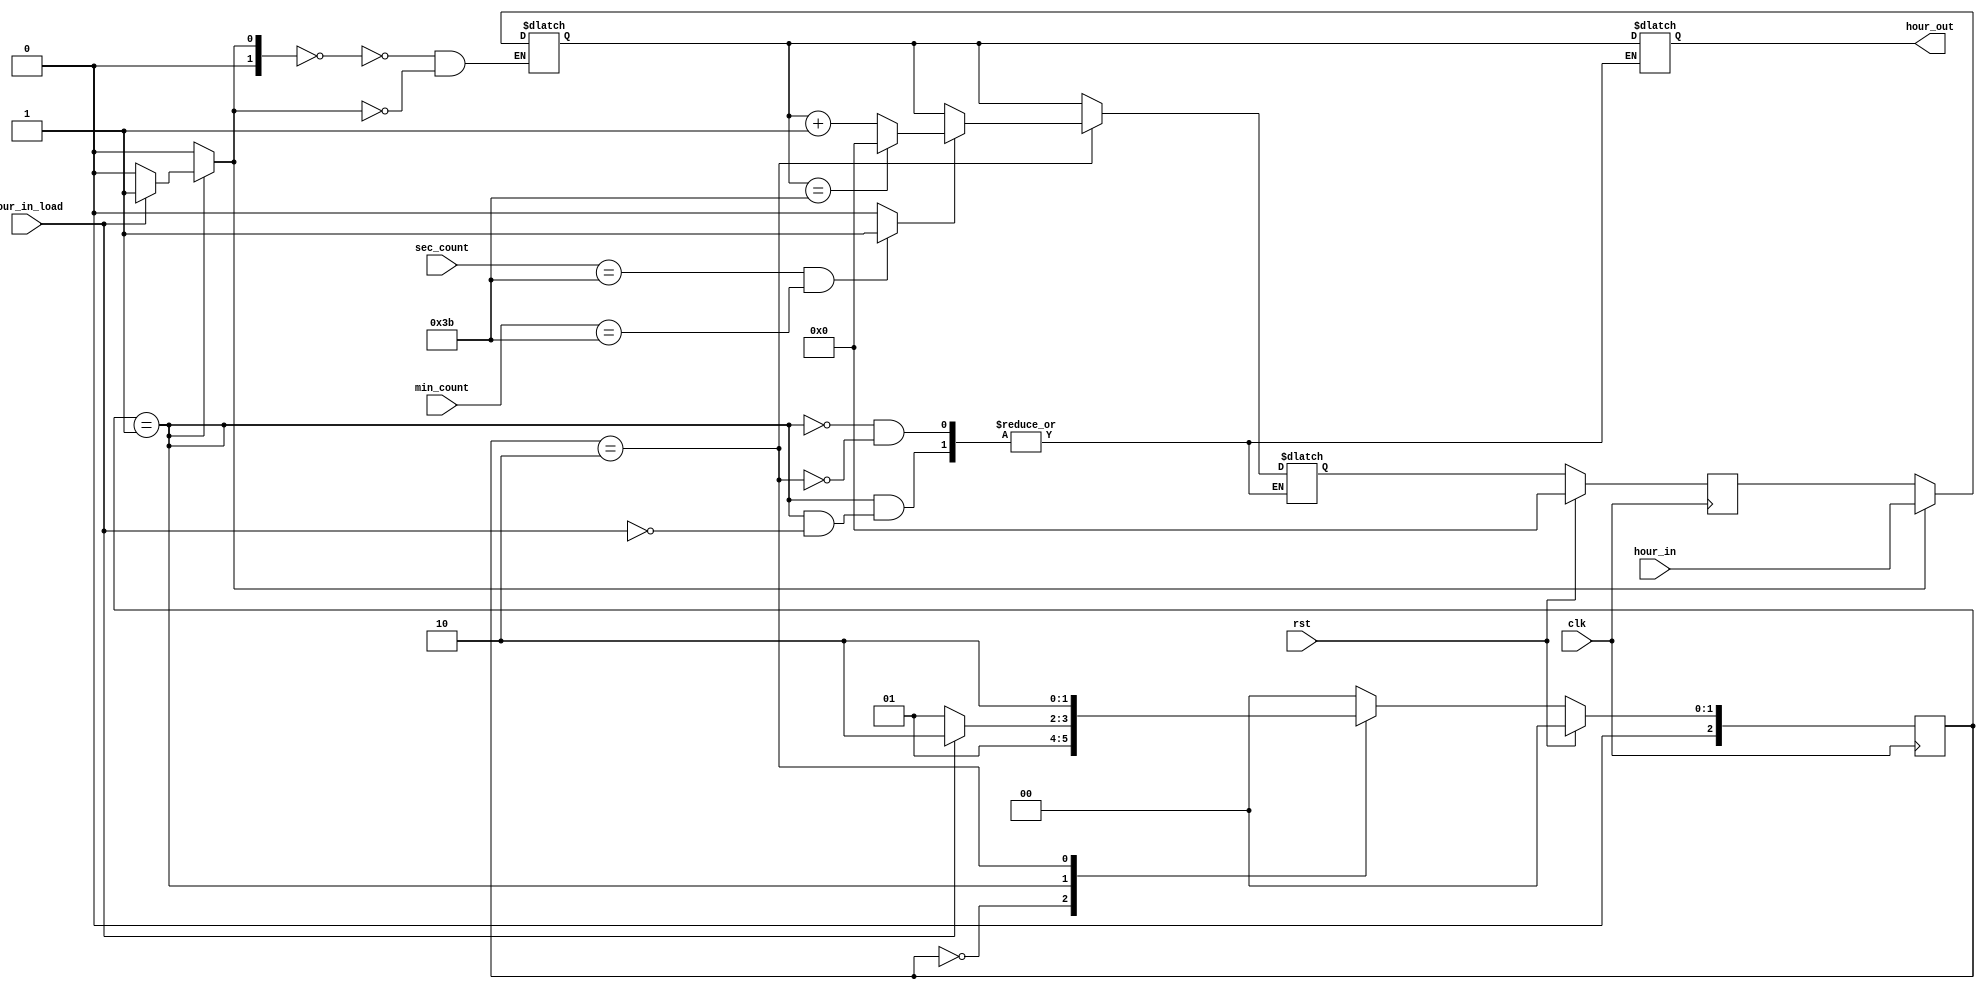
module FSM_hour(
	input wire rst,
	input wire clk,
	input wire [5:0] hour_in,
	input wire hour_in_load,
	input wire [5:0] min_count,
	input wire [5:0] sec_count,
	output reg [5:0] hour_out);
	
	reg  [2:0] ps, ns;
	wire [5:0] hour_data_add;
	reg  [5:0] hour_data;
	reg  [5:0] hour_ps, hour_ns;
	reg  [1:0] hour_sel;
	wire hour_count;
	
	always@(posedge clk)
	begin
		if(rst) ps <= 3'd0;
		else ps <= ns;
	end
	
	always@(posedge clk)
	begin
		if(rst) hour_ps <= 6'd0;
		else hour_ps <= hour_ns;
	end
	
	always@(*)
	begin
		hour_sel = 2'd0;
		case(ps)
			3'd0: begin
				ns = 3'd1;
			end
			3'd1: begin
				if(hour_in_load) begin
					hour_sel = 2'd1;
					hour_out = hour_data;
					ns = 3'd2;
					hour_ns = hour_data;
				end
				else ns = 3'd1;
			end
			3'd2: begin
				if(hour_count == 1'd1) begin
					if(hour_data == 6'd59) begin
						hour_out = hour_data;
						ns = 3'd2;
						hour_ns = 6'd0;
					end
					else begin
						hour_out = hour_data;
						ns = 3'd2;
						hour_ns = hour_data_add;
					end
				end
				else begin
					hour_out = hour_data;
					hour_ns = hour_data;
					ns = 3'd2;
				end
			end
			default: begin
				ns = 3'd0;
			end
		endcase
	end
	
	assign hour_data_add = hour_data + 1;
	assign hour_count = ((sec_count == 6'd59)&&(min_count == 6'd59)) ? 1'd1 : 1'd0;
	
	always@(*)
	begin
		case(hour_sel)
			2'd0: hour_data = hour_ps;
			2'd1: hour_data = hour_in;
		endcase
	end

endmodule